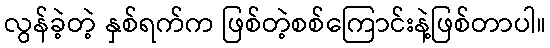
လွန်ခဲ့တဲ့ နှစ်ရက်က ဖြစ်တဲ့စစ်ကြောင်းနဲ့ဖြစ်တာပါ။